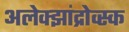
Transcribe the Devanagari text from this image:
अलेक्झांद्रोव्स्क